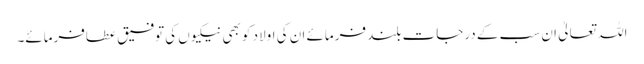
اللہ تعالیٰ ان سب کے درجات بلند فرمائے ان کی اولاد کو بھی نیکیوں کی توفیق عطافرمائے۔